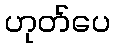
ဟုတ်ပေ